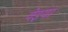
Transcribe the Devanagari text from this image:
वेइया